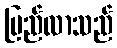
မြည်လာသည်